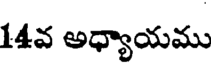
14వ అధ్యాయము